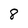
Character: 8